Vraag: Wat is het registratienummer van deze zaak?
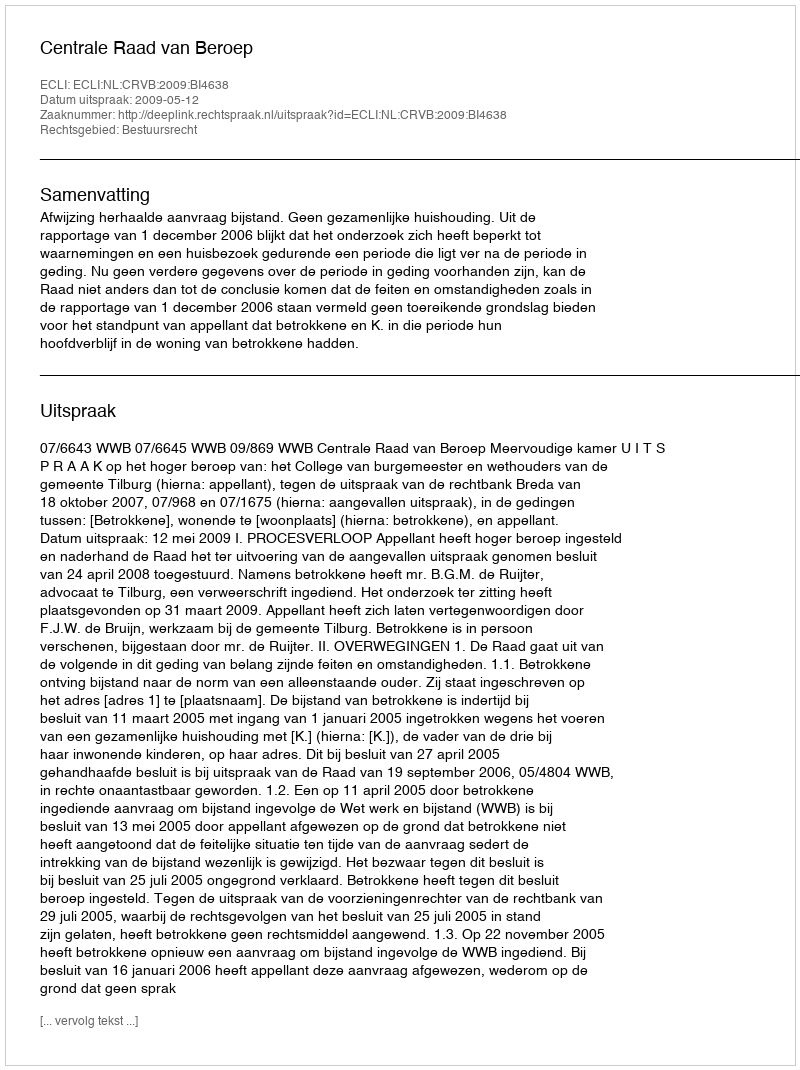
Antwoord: http://deeplink.rechtspraak.nl/uitspraak?id=ECLI:NL:CRVB:2009:BI4638